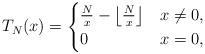
LaTeX: \begin{align*}T_N(x)=\begin{cases}\frac{N}{x}-\left\lfloor \frac{N}{x} \right\rfloor&x\neq 0,\\0& x=0,\end{cases}\end{align*}